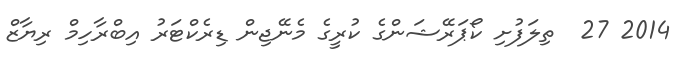
2014 27  ތިލަފުށި ކޯޕަރޭޝަންގެ ކުރީގެ މެނޭޖިން ޑިރެކްޓަރު އިބްރާހިމް ރިޔާޒް